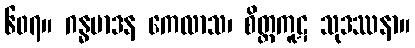
၆၀၇။ ဂန္ဓမာဒန ကေလာသ၊ စိတ္တကူဋ သုဒဿနာ။